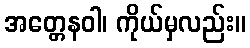
အတ္တေနဝါ၊ ကိုယ်မှလည်း။